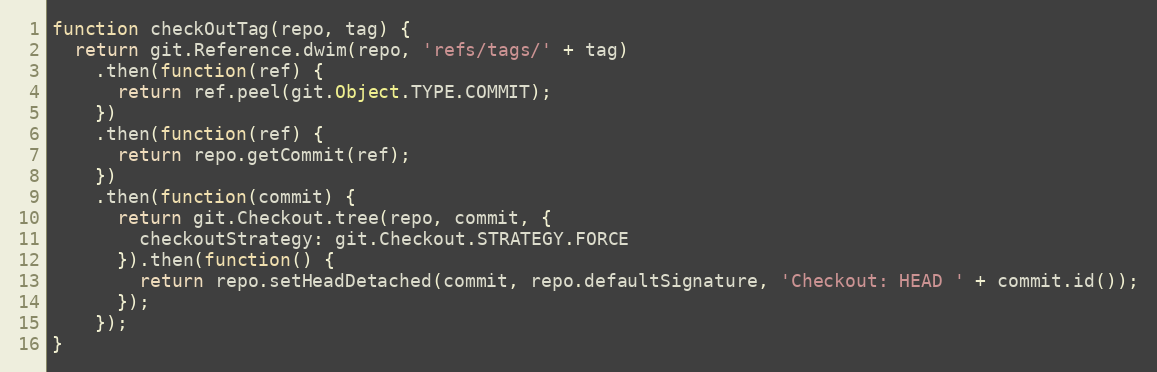
Language: JavaScript
function checkOutTag(repo, tag) {
  return git.Reference.dwim(repo, 'refs/tags/' + tag)
    .then(function(ref) {
      return ref.peel(git.Object.TYPE.COMMIT);
    })
    .then(function(ref) {
      return repo.getCommit(ref);
    })
    .then(function(commit) {
      return git.Checkout.tree(repo, commit, {
        checkoutStrategy: git.Checkout.STRATEGY.FORCE
      }).then(function() {
        return repo.setHeadDetached(commit, repo.defaultSignature, 'Checkout: HEAD ' + commit.id());
      });
    });
}